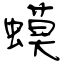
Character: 蟆